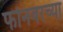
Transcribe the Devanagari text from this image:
फोनवरच्या